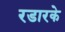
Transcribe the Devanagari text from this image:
रडारके